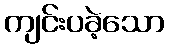
ကျင်းပခဲ့သော